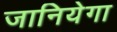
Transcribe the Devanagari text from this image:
जानियेगा